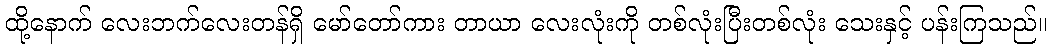
ထို့နောက် လေးဘက်လေးတန်ရှိ မော်တော်ကား တာယာ လေးလုံးကို တစ်လုံးပြီးတစ်လုံး သေးနှင့် ပန်းကြသည်။